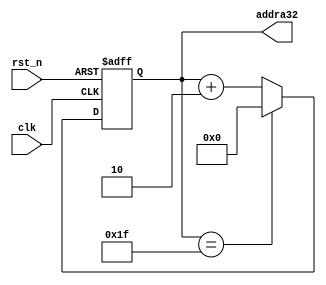
`timescale 1ns / 1ps
//////////////////////////////////////////////////////////////////////////////////
// Company: 
// Engineer: 
// 
// Design Name: 
// Module Name:    rom_addr 
// Project Name: 
// Target Devices: 
// Tool versions: 
// Description: 
//
// Dependencies: 
//
// Revision: 
// Revision 0.01 - File Created
// Additional Comments: 
//
//////////////////////////////////////////////////////////////////////////////////
module rom_addr(    
    input clk,
    input rst_n,
    output reg[4 : 0] addra32
    );


always@(posedge clk or negedge rst_n)
begin
     if(rst_n == 0)
       begin
        addra32   <= 0;
       end
     else if(addra32 == 5'd31)
	  addra32 <= 0;
     else 
	  addra32   <= addra32 + 2;
end

endmodule